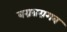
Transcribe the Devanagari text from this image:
बग्रब्रग्रगब